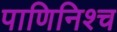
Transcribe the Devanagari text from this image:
पाणिनिश्च